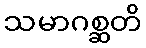
သမာဂစ္ဆတိ